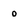
Character: 0